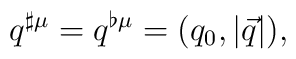
q^{\sharp \mu }=q^{\flat \mu }=(q_0,\left| \vec{q}\right| ),